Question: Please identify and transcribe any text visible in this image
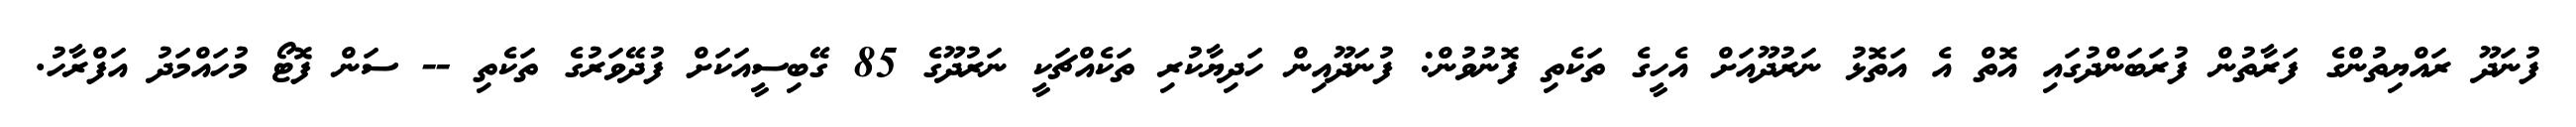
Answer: ފުނަދޫ ރައްޔިތުންގެ ފަރާތުން ފުރަބަންދުގައި އޮތް އެ އަތޮޅު ނަރުދޫއަށް އެހީގެ ތަކެތި ފޮނުވުން: ފުނަދޫއިން ހަދިޔާކުރި ތަކެއްޗަކީ ނަރުދޫގެ 85 ގޭބިސީއަކަށް ފުދޭވަރުގެ ތަކެތި -- ސަން ފޮޓޯ މުހައްމަދު އަފްރާހު.